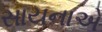
સાયનાએ